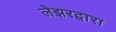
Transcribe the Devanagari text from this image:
लेझरद्वारा